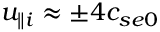
u _ { \parallel i } \approx \pm 4 c _ { s e 0 }